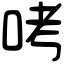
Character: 𠱼